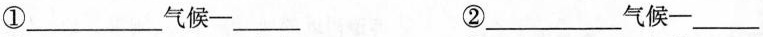
①___气候—___ ②___气候—___